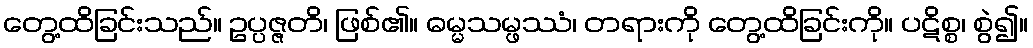
တွေ့ထိခြင်းသည်။ ဥပ္ပဇ္ဇတိ၊ ဖြစ်၏။ ဓမ္မသမ္ဖဿံ၊ တရားကို တွေ့ထိခြင်းကို။ ပဋိစ္စ၊ စွဲ၍။